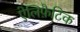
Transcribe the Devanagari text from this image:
ऐलिफ़ैटिक